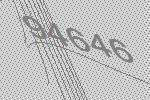
94646